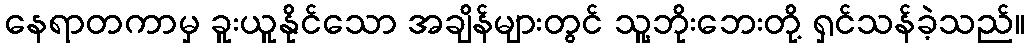
နေရာတကာမှ ခူးယူနိုင်သော အချိန်များတွင် သူ့ဘိုးဘေးတို့ ရှင်သန်ခဲ့သည်။